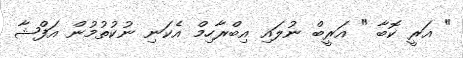
" އަރީ ކޮބާ " އަރީބް ނުލައި އިބްރާހިމް އެކަނި ނުކުތުމުން އަފްޝާ